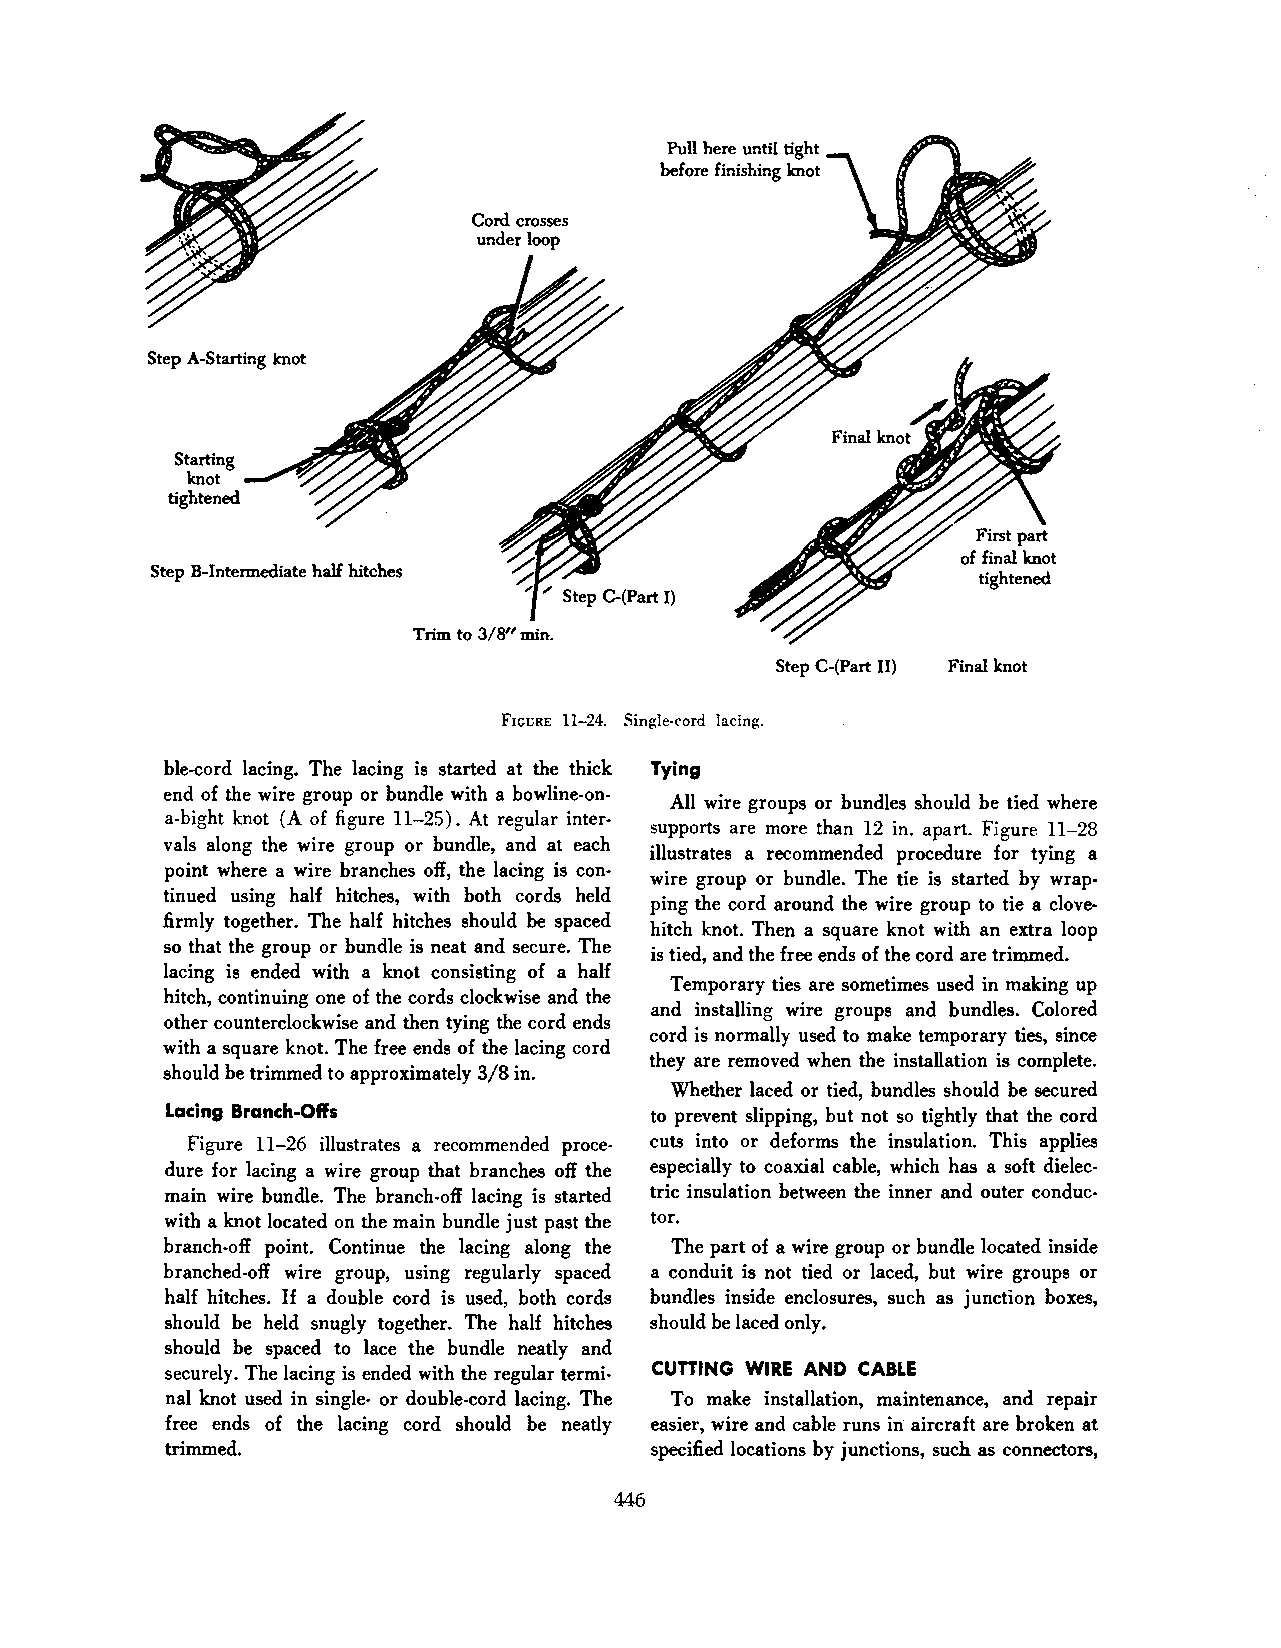
Pull here until tight
 before finishing knot
 Cord crosses
 under loop
 Step A-Starting knot
 Starting
 knot
 tightened
 Step B-Intermediate half hitches
 Trim to 3/8" min.
 Step C-(Part II) Final knot
 FIGURE 11-24. Single-cord lacing.
 ble-cord lacing. The lacing is started at the thick Tying
 end of the wire group or bundle with a bowline-on
 All wire groups or bundles should be tied where
 a-bight knot (A of figure 11-25). At regular inter
 supports are more than 12 in. apart. Figure 11-28
 vals along the wire group or bundle, and at each
 illustrates a recommended procedure for tying a
 point where a wire branches off, the lacing is con
 wire group or bundle. The tie is started by wrap
 tinued using half hitches, with both cords held
 ping the cord around the wire group to tie a clove
 firmly together. The half hitches should be spaced
 hitch knot. Then a square knot with an extra loop
 so that the group or bundle is neat and secure. The
 is tied, and the free ends of the cord are trimmed.
 lacing is ended with a knot consisting of a half
 Temporary ties are sometimes used in making up
 hitch, continuing one of the cords clockwise and the
 and installing wire groups and bundles. Colored
 other counterclockwise and then tying the cord ends
 cord is normally used to make temporary ties, since
 with a square knot. The free ends of the lacing cord
 they are removed when the installation is complete.
 should be trimmed to approximately 3/8 in.
 Whether laced or tied, bundles should be secured
 Lacing Branch-Offs              to prevent slipping, but not so tightly that the cord
 Figure 11-26 illustrates a recommended proce cuts into or deforms the insulation. This applies
 dure for lacing a wire group that branches off the especially to coaxial cable, which has a soft dielec
 main wire bundle. The branch-off lacing is started tric insulation between the inner and outer conduc
 with a knot located on the main bundle just past the tor.
 branch-off point. Continue the lacing along the The part of a wire group or bundle located inside
 branched-off wire group, using regularly spaced a conduit is not tied or laced, but wire groups or
 half hitches. If a double cord is used, both cords bundles inside enclosures, such as junction boxes,
 should be held snugly together. The half hitches should be laced only.
 should be spaced to lace the bundle neatly and
 securely. The lacing is ended with the regular termi CUniNG WIRE AND CABLE
 nal knot used in single- or double-cord lacing. The To make installation, maintenance, and repair
 free ends of the lacing cord should be neatly easier, wire and cable runs in aircraft are broken at
 trimmed.                        specified locations by junctions, such as connectors,
 446